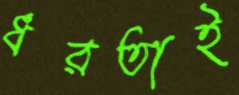
ধরতাই